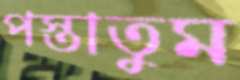
পস্তাতুম